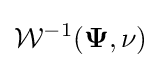
{\mathcal {W}}^{-1}({\mathbf {\Psi } },\nu )